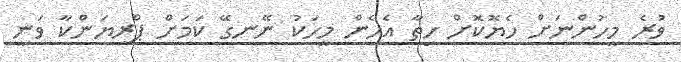
ވުރެ މީހުންނަށް ހެޔޮކޮށް ހިތާ އެހެން މީހަކު ނޭނގޭ ކަމަށް ޕްރިޔަންކާ ވަނީ